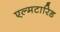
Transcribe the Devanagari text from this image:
एल्मटारिड